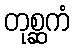
တုစ္ဆကံ